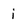
Character: i